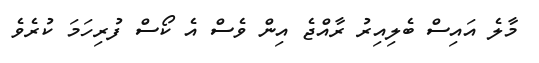
މާލެ އައިސް ބެލިއިރު ރާއްޖެ އިން ވެސް އެ ކޯސް ފުރިހަމަ ކުރެވެ